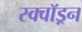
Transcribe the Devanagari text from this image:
स्क्वाॅड्रन